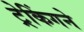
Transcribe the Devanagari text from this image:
ट्रेकिंगने